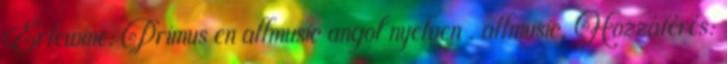
Erlewine: Primus en allmusic angol nyelven . allmusic. Hozzáférés: